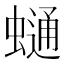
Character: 𧐺